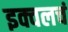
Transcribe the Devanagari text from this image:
इक्वलचं